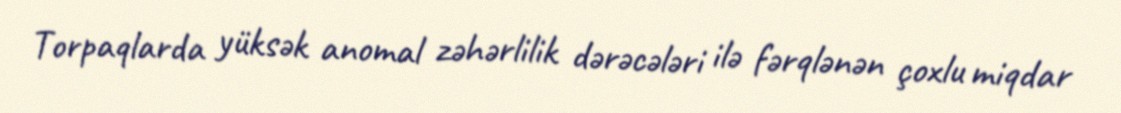
Torpaqlarda yüksək anomal zəhərlilik dərəcələri ilə fərqlənən çoxlu miqdar